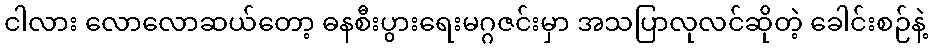
ငါလား လောလောဆယ်တော့ ဓနစီးပွားရေးမဂ္ဂဇင်းမှာ အသပြာလုလင်ဆိုတဲ့ ခေါင်းစဉ်နဲ့